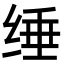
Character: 缍